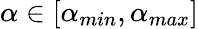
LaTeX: \alpha\in[\alpha_{min},\alpha_{max}]